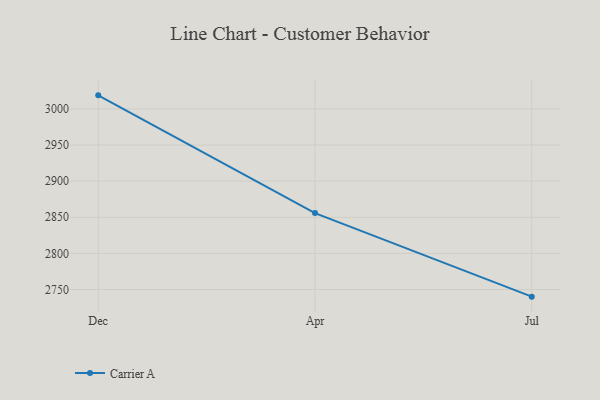
{"axis": {"x": "Month", "y": "LTV (USD)"}, "legend": ["Carrier A"], "data": [{"x": "Dec", "y": 3018.8, "type": "Carrier A"}, {"x": "Apr", "y": 2855.8, "type": "Carrier A"}, {"x": "Jul", "y": 2740.1, "type": "Carrier A"}]}